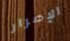
الإصرار